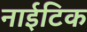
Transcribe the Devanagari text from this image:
नाईटिक